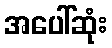
အပေါ်ဆုံး